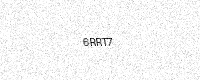
Text: 6RRT7